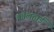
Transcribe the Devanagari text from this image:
कोलहाई